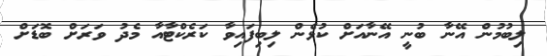
ލިބުމުން އޭނާ ބުނީ އޭނާއަށް ކުޅެން ލިބިފައިވާ ކަރެކްޓާއާ މެދު ވަރަށް ބޮޑަށް